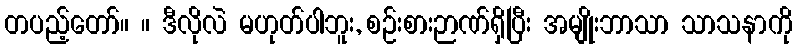
တပည့်တော်။ ။ ဒီလိုလဲ မဟုတ်ပါဘူး, စဉ်းစားဉာဏ်ရှိပြီး အမျိုးဘာသာ သာသနာကို